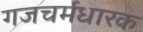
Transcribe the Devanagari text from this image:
गजचर्मधारक